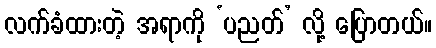
လက်ခံထားတဲ့ အရာကို ‘ပညတ်’ လို့ ပြောတယ်။